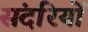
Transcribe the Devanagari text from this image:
संदरियों